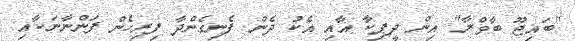
"ބައިޖޫ ބާވްރާ" އިން ދީޕިކާ އާއި އެކު ދެން ފެނިގެންދާ ފިރިހެން ފަންނާނަކާއި